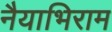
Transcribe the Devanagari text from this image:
नैयाभिराम